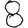
Digit: 8